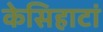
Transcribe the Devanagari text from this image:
केसिहाटां